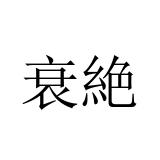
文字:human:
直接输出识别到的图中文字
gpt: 衰絶